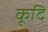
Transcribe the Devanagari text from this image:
कूदि